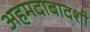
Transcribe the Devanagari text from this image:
अहमदाबादशी